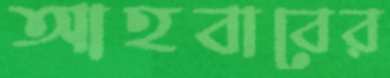
আহবাবের